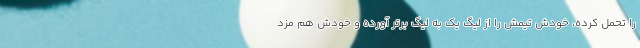
را تحمل کرده، خودش تیمش را از لیگ یک به لیگ برتر آورده و خودش هم مزد